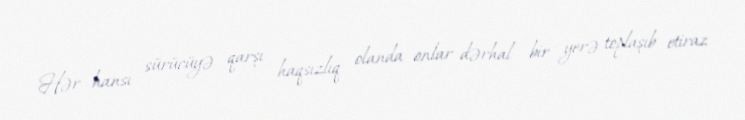
Hər hansı sürücüyə qarşı haqsızlıq olanda onlar dərhal bir yerə toplaşıb etiraz